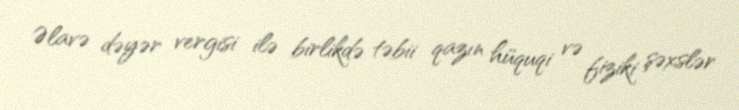
Əlavə dəyər vergisi ilə birlikdə təbii qazın hüquqi və fiziki şəxslər